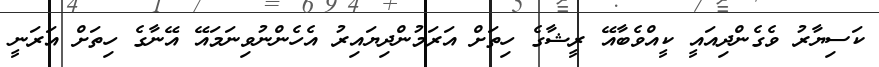
ކަސިޔާރު ވެގެންދިއައީ ކީއްވެބާއޭ ރީޝާގެ ހިތަށް އަރަމުންދިޔައިރު އެހެންނުވިނަމައޭ އޭނާގެ ހިތަށް އަރަނީ